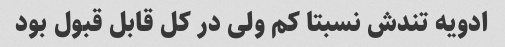
ادویه تندش نسبتا کم ولی در کل قابل قبول بود